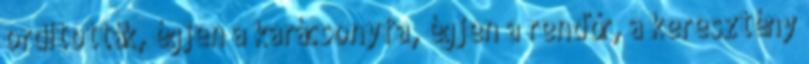
ordították, égjen a karácsonyfa, égjen a rendőr, a keresztény